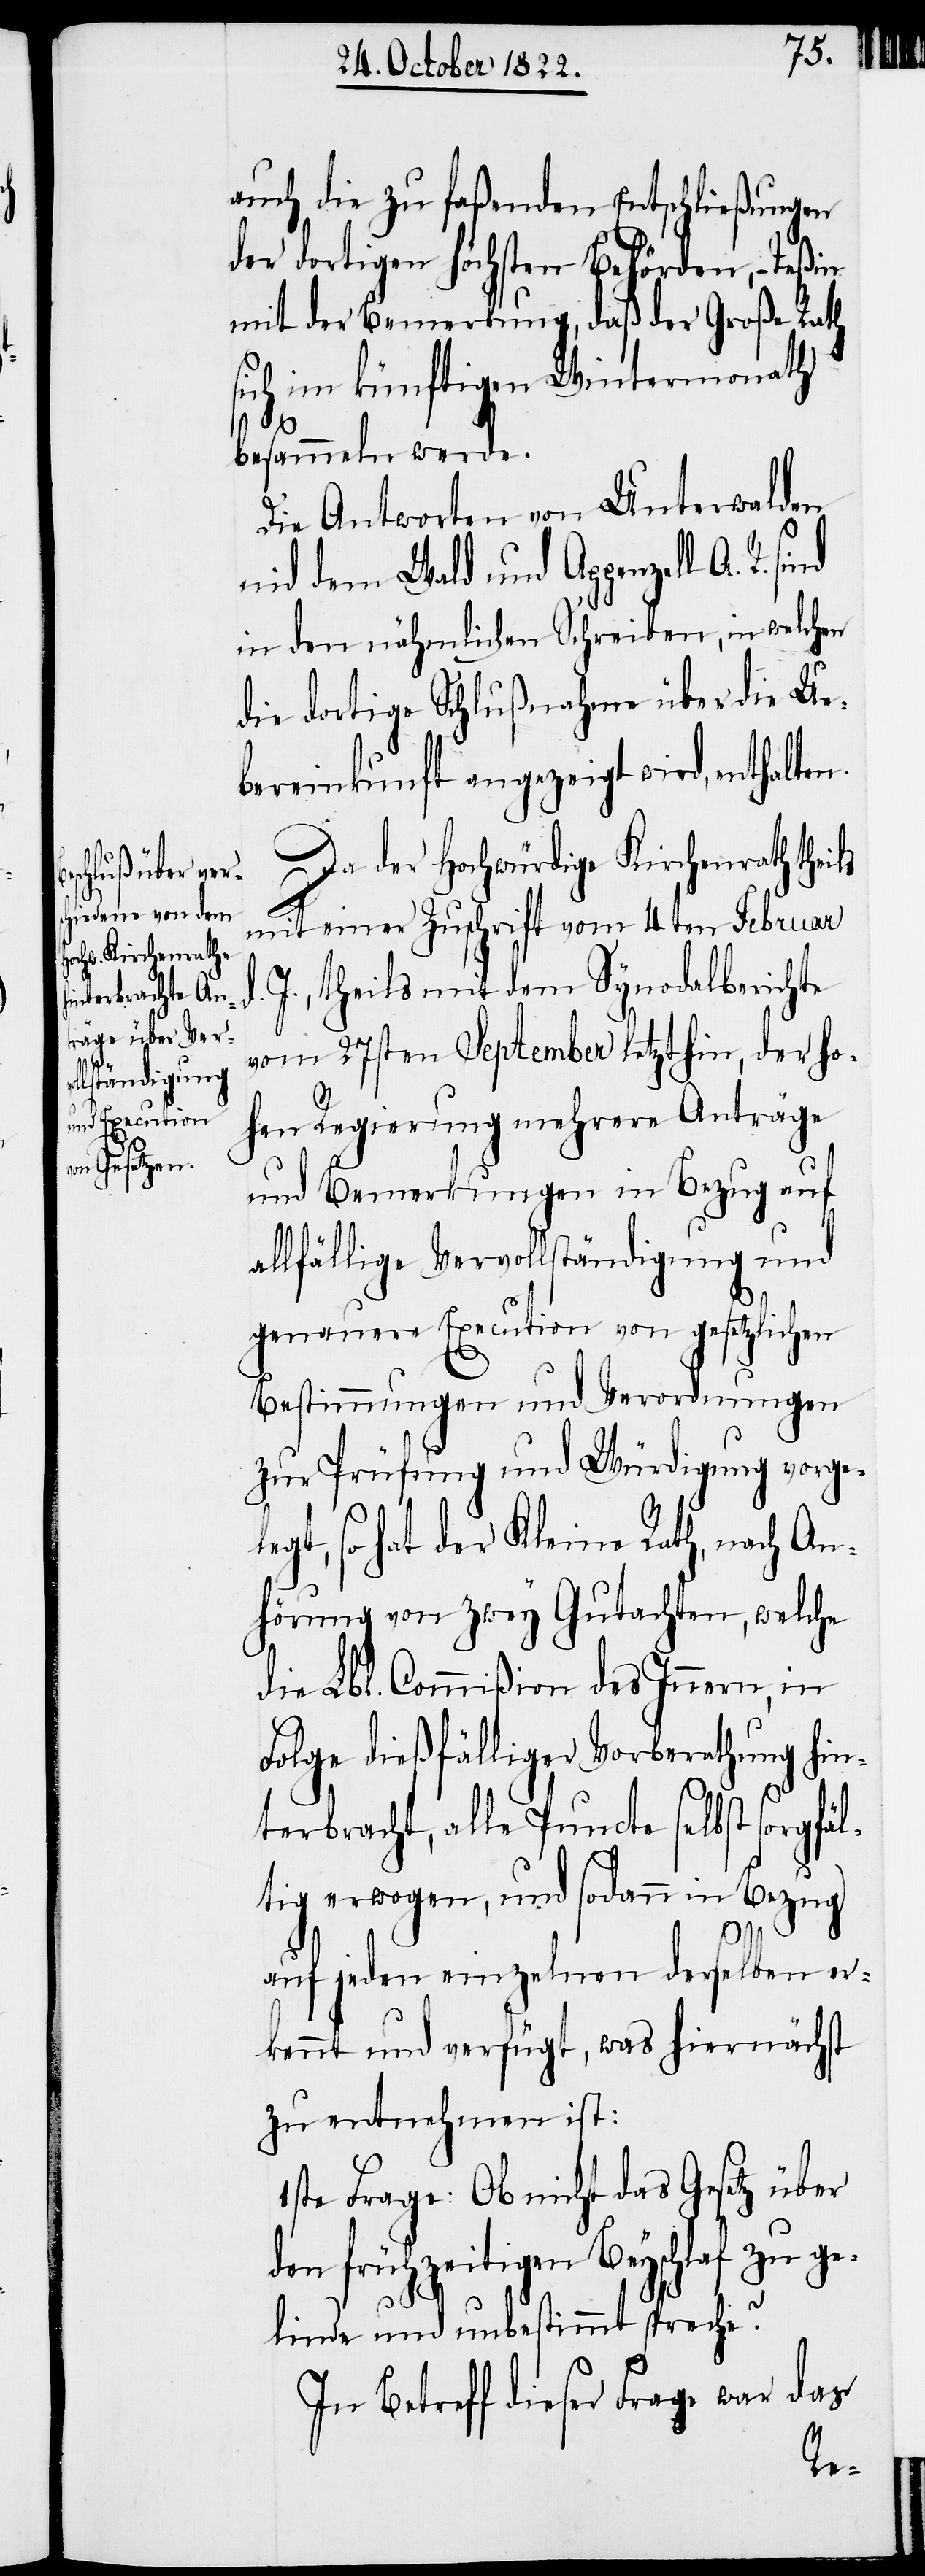
auch die zu faßenden Entschließungen
der dortigen höchsten Behörden, – Teßin
mit der Bemerkung, daß der Große Rath
sich im künftigen Wintermonath
besammeln werde.
Die Antworten von Unterwalden
nid dem Wald und Appenzell A.
in den nähmlichen Schreiben, in welchen
die dortige Schlußnahme über die Ue¬
bereinkunft angezeigt wird, enthalte¬
Da der Hochwürdige Kirchenrath thei¬
mit einer Zuschrift vom 4ten Februar
J., theils mit dem Synodalberichte
vom 27sten September letzthin, der ho¬
hen Regierung mehrere Anträge
und Bemerkungen in Bezug auf
allfällige Vervollständigung und
genauere Execution von gesetzlichen
Bestimmungen und Verordnungen
zur Prüfung und Würdigung vorge¬
legt, so hat der Kleine Rath, nach An¬
hörung von zwey Gutachen, welche
die Lbl. Commißion des Innern, in
Folge dießfälliger Vorberathung hin¬
terbracht, alle Puncte selbst sorgfäl¬
tig erwogen, und sodann in Bezug
d.
auf jeden einzelnen derselben er¬
kennt und verfügt, was hiernächst
zu entnehmen ist:
1ste Frage: Ob nicht das Gesetz über
den frühzeitigen Beyschlaf zu ge¬
linde und unbestimmt spreche?
In Betreff dieser Frage war das

n.